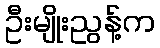
ဦးမျိုးညွန့်က